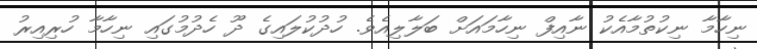
ނިހާމާ ނިކުތުމާއެކު ނާއިފް ނިހާމައަށް ބަލާލިއެވެ. ހުދުކުލައިގެ ދޫ ހެދުމުގައި ނިހާމާ ހުރިއިރު